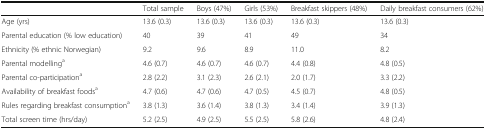
<table><thead><tr><td></td><td><b>Total sample</b></td><td><b>Boys (47%)</b></td><td><b>Girls (53%)</b></td><td><b>Breakfast skippers (48%)</b></td><td><b>Daily breakfast consumers (62%)</b></td></tr></thead><tbody><tr><td>Age (yrs)</td><td>13.6 (0.3)</td><td>13.6 (0.3)</td><td>13.6 (0.3)</td><td>13.6 (0.3)</td><td>13.6 (0.3)</td></tr><tr><td>Parental education (% low education)</td><td>40</td><td>39</td><td>41</td><td>49</td><td>34</td></tr><tr><td>Ethnicity (% ethnic Norwegian)</td><td>9.2</td><td>9.6</td><td>8.9</td><td>11.0</td><td>8.2</td></tr><tr><td>Parental modelling<sup>a</sup></td><td>4.6 (0.7)</td><td>4.6 (0.7)</td><td>4.6 (0.7)</td><td>4.4 (0.8)</td><td>4.8 (0.5)</td></tr><tr><td>Parental co-participation<sup>a</sup></td><td>2.8 (2.2)</td><td>3.1 (2.3)</td><td>2.6 (2.1)</td><td>2.0 (1.7)</td><td>3.3 (2.2)</td></tr><tr><td>Availability of breakfast foods<sup>a</sup></td><td>4.7 (0.6)</td><td>4.7 (0.6)</td><td>4.7 (0.5)</td><td>4.5 (0.7)</td><td>4.8 (0.5)</td></tr><tr><td>Rules regarding breakfast consumption<sup>a</sup></td><td>3.8 (1.3)</td><td>3.6 (1.4)</td><td>3.8 (1.3)</td><td>3.4 (1.4)</td><td>3.9 (1.3)</td></tr><tr><td>Total screen time (hrs/day)</td><td>5.2 (2.5)</td><td>4.9 (2.5)</td><td>5.5 (2.5)</td><td>5.8 (2.6)</td><td>4.8 (2.4)</td></tr></tbody></table>